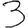
Digit: 3